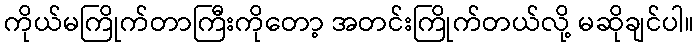
ကိုယ်မကြိုက်တာကြီးကိုတော့ အတင်းကြိုက်တယ်လို့ မဆိုချင်ပါ။